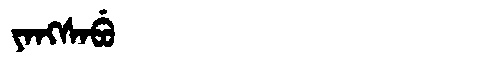
Manchu: ᠶᠠᠩᠰᠠᠪᡠ
Romanization: YANGSABU